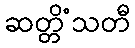
ဆတ္တိံသတီ